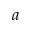
a